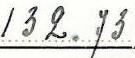
132.73